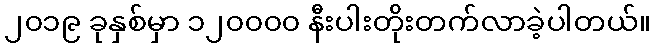
၂၀၁၉ ခုနှစ်မှာ ၁၂၀၀၀၀ နီးပါးတိုးတက်လာခဲ့ပါတယ်။